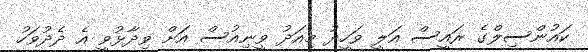
ކައުންސިލްގެ ރައީސް އަލީ ވަހީދު މިއަދު ވީނިއުސް އަށް ވިދާޅުވީ އެ ދެދުވަހު